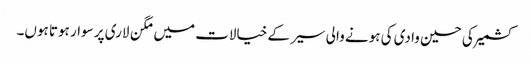
کشمیر کی حسین وادی کی ہونے والی سیر کے خیالات میں مگن لاری پر سوار ہوتا ہوں۔